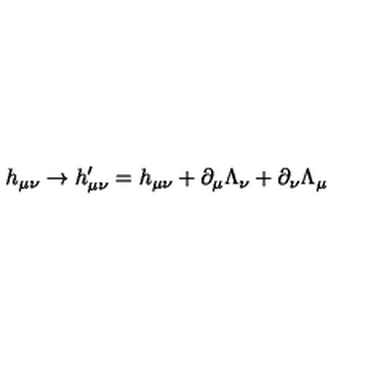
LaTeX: h _ { \mu \nu } \rightarrow h _ { \mu \nu } ^ { \prime } = h _ { \mu \nu } + \partial _ { \mu } \Lambda _ { \nu } + \partial _ { \nu } \Lambda _ { \mu }